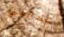
علاقتي